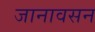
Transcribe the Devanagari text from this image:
जानावसन